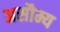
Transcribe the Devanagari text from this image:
असौम्य